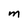
Character: M